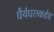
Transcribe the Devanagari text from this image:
धैर्यधराकडेच